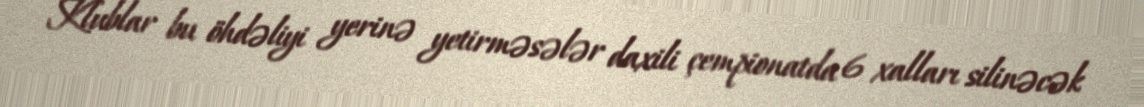
Klublar bu öhdəliyi yerinə yetirməsələr daxili çempionatda 6 xalları silinəcək